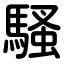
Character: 騷